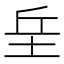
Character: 𡊣